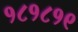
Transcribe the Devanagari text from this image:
१८१८१९